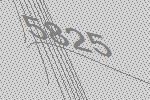
5825